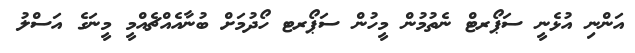
އަންނި އުޅެނީ ސަޕޯރޓް ނެތުމުން މީހުން ސަޕޯރޓ ހޯދުމަށް ބުނާއެއްޗެއްމީ މީނަގެ އަސްލު